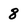
Character: 8